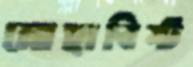
মোহাবিষ্ট